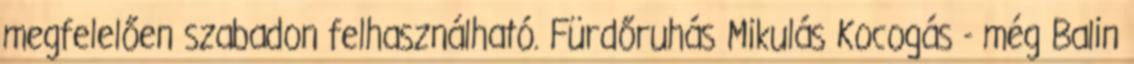
megfelelően szabadon felhasználható. Fürdőruhás Mikulás Kocogás - még Balin